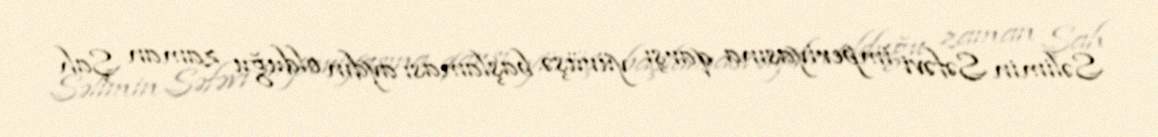
Səlimin Səfəvi imperiyasına qarşı yürüşə başlaması aydın olduğu zaman Şah